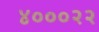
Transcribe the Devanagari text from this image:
४०००२२